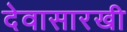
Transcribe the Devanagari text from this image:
देवासारखी